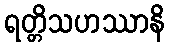
ရတ္တိသဟဿာနိ